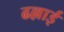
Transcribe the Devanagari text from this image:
ढल्लाई